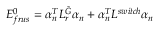
E _ { f r u s } ^ { 0 } = \alpha _ { n } ^ { T } L _ { r } ^ { \tilde { G } } \alpha _ { n } + \alpha _ { n } ^ { T } L ^ { s w i t c h } \alpha _ { n }